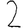
Digit: 2